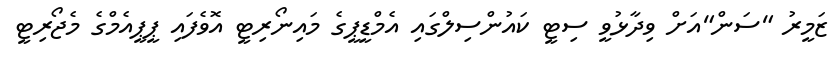
ޒަމީރު "ސަން"އަށް ވިދާޅުވީ ސިޓީ ކައުންސިލްގައި އެމްޑީޕީގެ މައިނޯރިޓީ އޮވެފައި ޕީޕީއެމްގެ މެޖޯރިޓީ